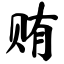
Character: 贿